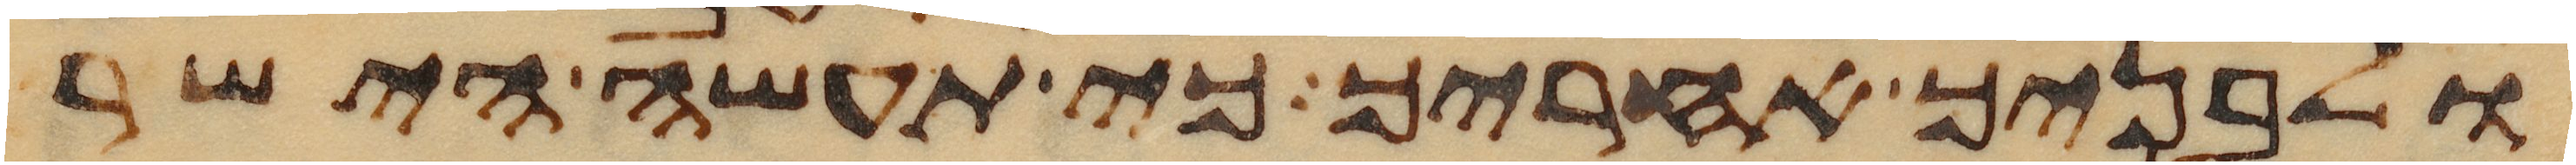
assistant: ולבניך אחריך כי תעשה הישר